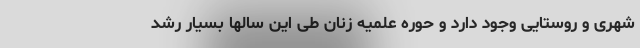
شهری و روستایی وجود دارد و حوره علمیه زنان طی این سالها بسیار رشد